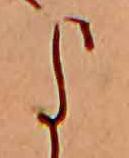
よ